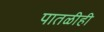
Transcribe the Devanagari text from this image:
पातळीही